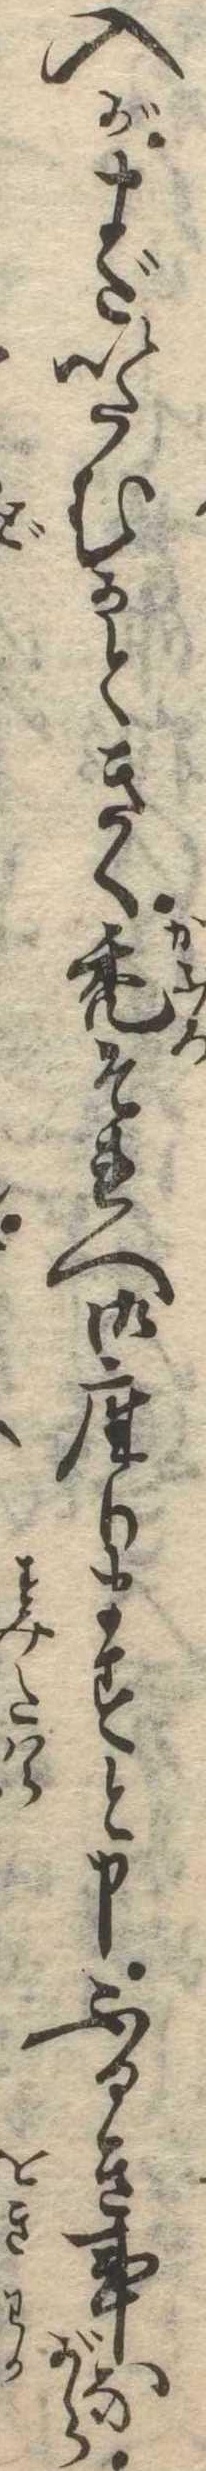
入がまだいたむかときく禿それへ御座りますと申ふるき事ながら